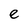
Character: e